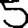
Digit: 5